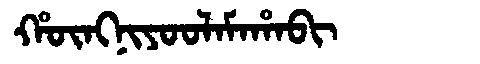
Manchu: ᡥᡡᠩᠨᡳᠶᠣᠣᠯᠠᠮᠠᡥᠠᠪᡳ
Romanization: HŪNGNIYOOLAMAHABI